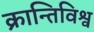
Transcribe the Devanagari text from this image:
क्रान्तिविश्व